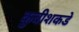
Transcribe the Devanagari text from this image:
कुबीशकडे